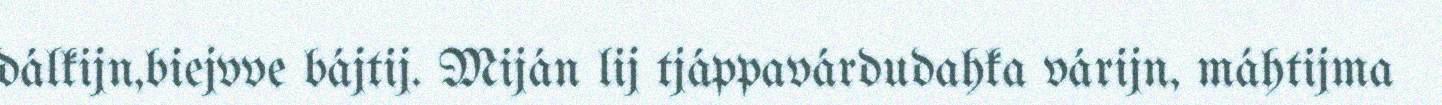
dálkijn,biejvve bájtij. Miján lij tjáppavárdudahka várijn, máhtijma